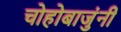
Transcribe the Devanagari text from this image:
चोहोबाजुंनी